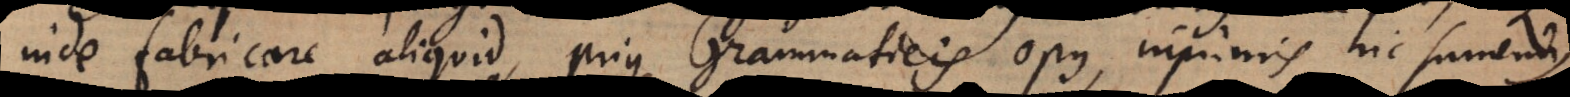
inde fabricare aliquid, prius Grammaticis opus, inprimis hic sumendus